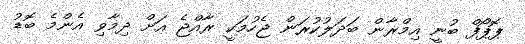
ޕޮޕޯފް ބުނީ އިމްރާން ބަދަލުކުރަން ޖެހުމަކީ ރާއްޖެ އަށް ދިމާވި އެންމެ ބޮޑު